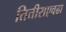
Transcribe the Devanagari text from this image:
तित्तीराएवढा